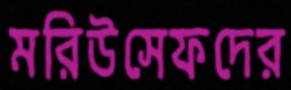
মরিউসেফদের